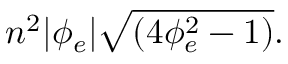
n ^ { 2 } | \phi _ { e } | \sqrt { \left( 4 \phi _ { e } ^ { 2 } - 1 \right) } .